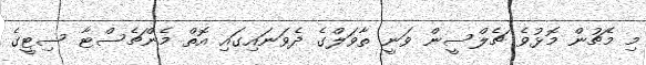
މި މެޗުން މޮޅުވެ ޗެލްސީން ވަނީ ތާވަލްގެ ދެވަނައިގައި އޮތް މެންޗެސްޓާ ސިޓީގެ